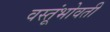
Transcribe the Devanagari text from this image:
वस्तूंभोवती